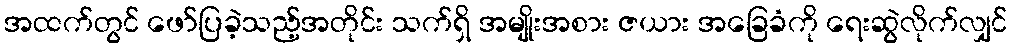
အထက်တွင် ဖော်ပြခဲ့သည့်အတိုင်း သက်ရှိ အမျိုးအစား ဇယား အခြေခံကို ရေးဆွဲလိုက်လျှင်